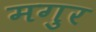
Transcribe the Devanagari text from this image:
मगुर